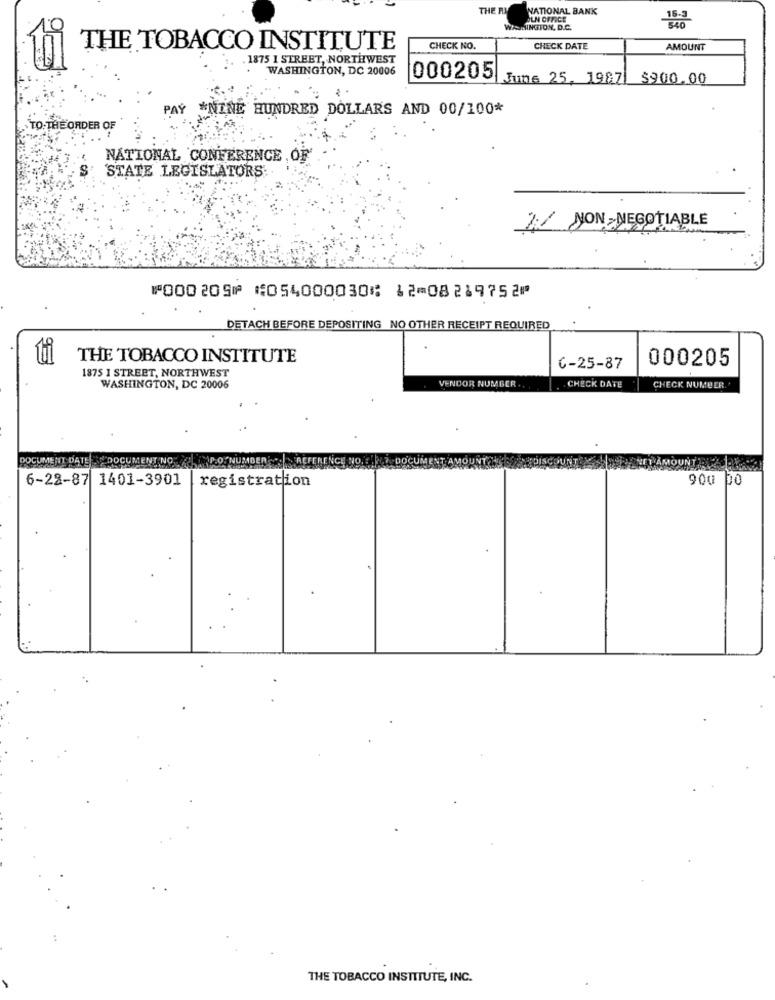
THE RI
NATIONAL BANK
PLN OFFICE
WASHINGTON, D.C.
THE TOBACCO INSTITUTE
CHECK NO.
CHECK DATE
AMOUNT
. 1875 1 STREET, NORTHWEST
WASHINGTON, DC 20006
000205:
June 25, 19871
$900.00
PAY *NINE HUNDRED DOLLARS AND 00/100*
TO THE ORDER OF
NATIONAL CONFERENCE , OF
STATE LEGISLATORS
2:// NON- NEGOTIABLE
⑈000209⑈ ⑆054000030⑆ 12⑉08219752⑈
DETACH BEFORE DEPOSITING NO OTHER RECEIPT REQUIRED
ti
THE TOBACCO INSTITUTE
000205
1875 I STREET, NORTHWEST
6-25-87
VENDOR NUMBER ..
WASHINGTON, DC 20006
CHECK DATE
CHECK NUMBER.
DOCUMENT DATE DOCUMENT NO HRO NU
MOUNT
6-22-87 1401-3901
registration
900 Do
THE TOBACCO INSTITUTE, INC.